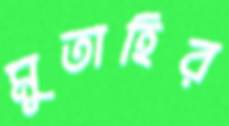
মুতাহির